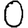
Digit: 0